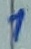
Text: 1